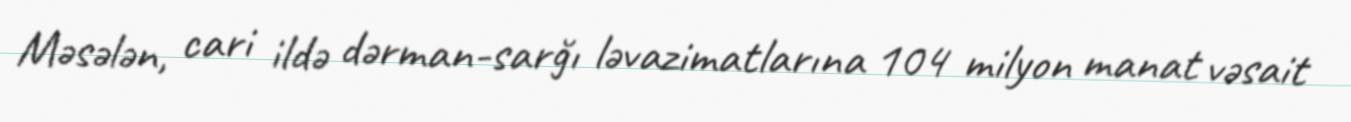
Məsələn, cari ildə dərman-sarğı ləvazimatlarına 104 milyon manat vəsait